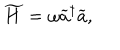
\widetilde { H } = \omega \widetilde { a } ^ { \dagger } \widetilde { a } ,